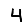
Digit: 4